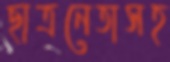
ছাত্রনেতাসহ